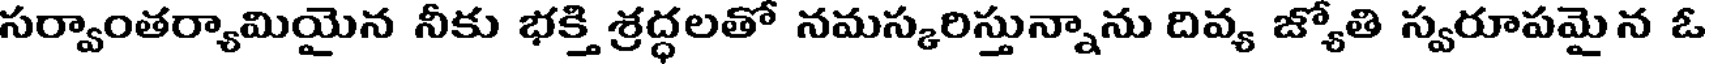
సర్వాంతర్యామియైన నీకు భక్తి శ్రద్ధలతో నమస్కరిస్తున్నాను దివ్య జ్యోతి స్వరూపమైన ఓ